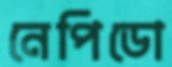
নেপিডো